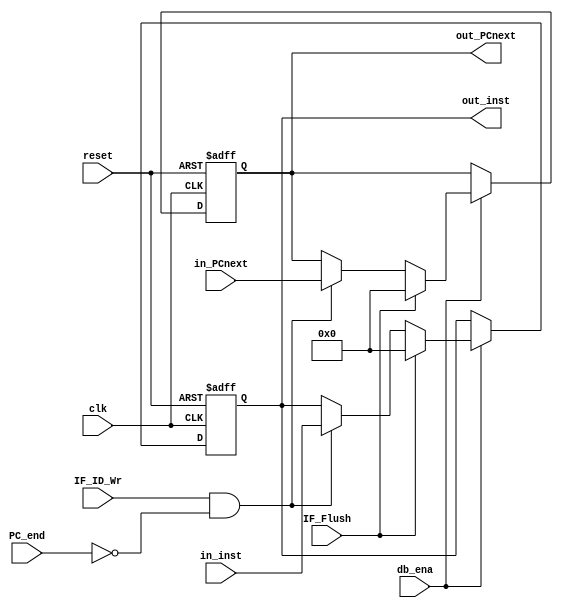
`timescale 1ns / 1ps
//////////////////////////////////////////////////////////////////////////////////
// Company: 
// Engineer: 
// 
// Design Name: 
// Module Name: IF_ID
// Project Name: 
// Target Devices: 
// Tool Versions: 
// Description: 
// 
// Dependencies: 
// 
// Revision:
// Revision 0.01 - File Created
// Additional Comments:
// 
//////////////////////////////////////////////////////////////////////////////////


module IF_ID(
    // Entrada a modulo
    input clk, reset,
    input db_ena,   // control de ena PC desde debug unit (clk enable)
    input IF_ID_Wr, // seal que indica cuando escribir en el reg IF/ID y el PCnext (controlado desde la unidad de riesgos)
    input IF_Flush, // seal que indica limpiar el reg IF/ID cuando hay instruccion de salto
    input [31:0] in_inst, // instruccion de entrada
    input [31:0] in_PCnext, // PC + 4 (entrada del proximo PC)
    input PC_end, // flag indicadora de fin de ejecucion
    // Salidas de modulo
    output reg [31:0] out_inst, // registro de instruccion
    output reg [31:0] out_PCnext // registro de proximo PC (PC +4)
);

// Parametros internos
parameter msb = 31; // bit mas sigficativo

// Variables internas
reg [msb:0] inst_next;
reg [msb:0] PCnext_next;

always@(*)
begin
	inst_next=out_inst;
	PCnext_next=out_PCnext;
	if(IF_Flush) 
	begin
		inst_next=0;
		PCnext_next =0;
	end
	
	else if(IF_ID_Wr && !PC_end)
	begin
		inst_next = in_inst;
		PCnext_next = in_PCnext;
	end
end

always@(posedge clk,posedge reset)
begin 
		if(reset)
		begin
			out_inst <= 0;
			out_PCnext<=0;
		end
		
		else if(db_ena)
		begin
			out_inst <= inst_next;
			out_PCnext <= PCnext_next;
		end
end

endmodule